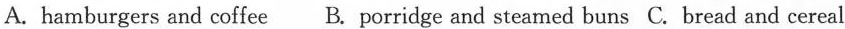
A. hamburgers and coffee B. porridge and steamed buns C. bread and cereal